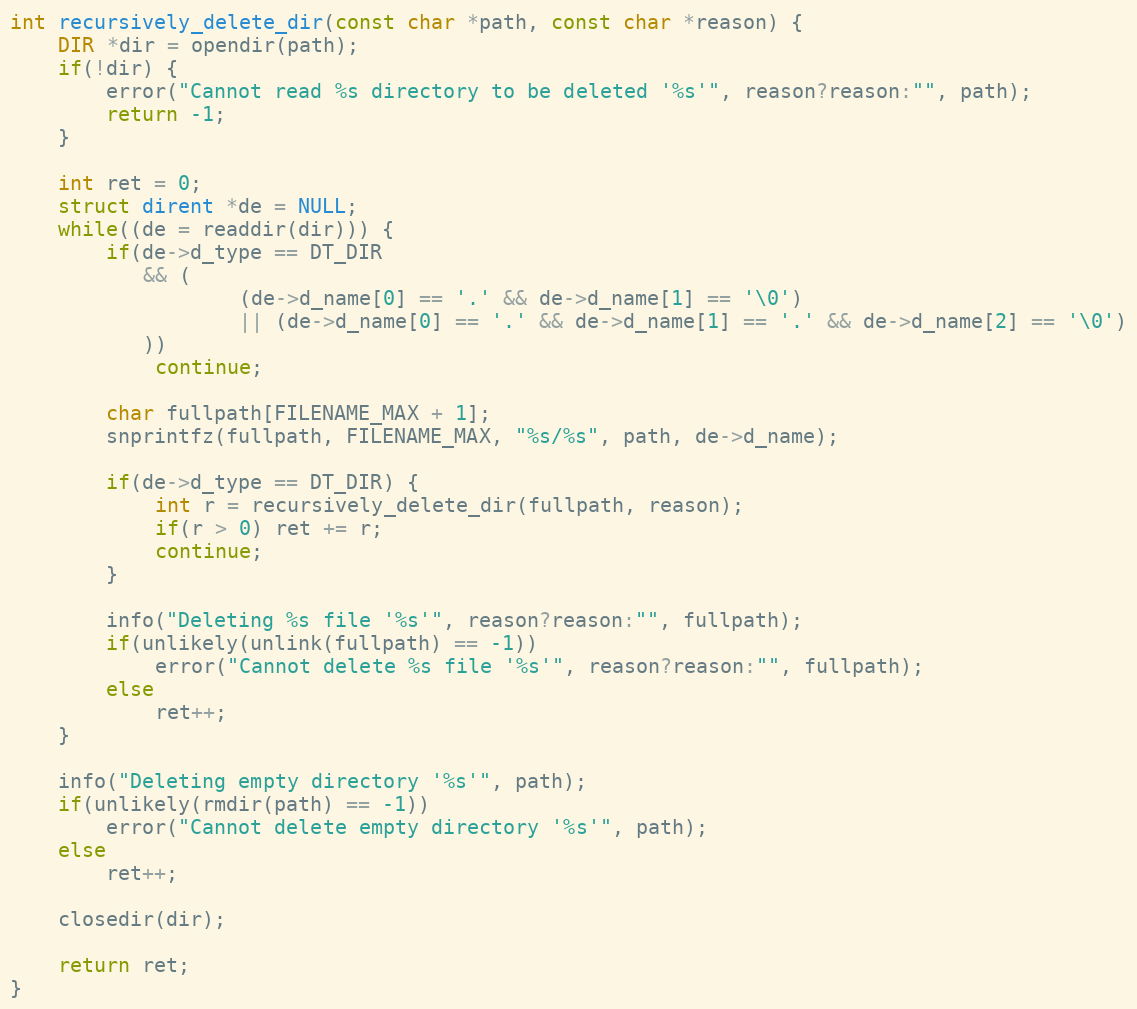
Language: C
int recursively_delete_dir(const char *path, const char *reason) {
    DIR *dir = opendir(path);
    if(!dir) {
        error("Cannot read %s directory to be deleted '%s'", reason?reason:"", path);
        return -1;
    }

    int ret = 0;
    struct dirent *de = NULL;
    while((de = readdir(dir))) {
        if(de->d_type == DT_DIR
           && (
                   (de->d_name[0] == '.' && de->d_name[1] == '\0')
                   || (de->d_name[0] == '.' && de->d_name[1] == '.' && de->d_name[2] == '\0')
           ))
            continue;

        char fullpath[FILENAME_MAX + 1];
        snprintfz(fullpath, FILENAME_MAX, "%s/%s", path, de->d_name);

        if(de->d_type == DT_DIR) {
            int r = recursively_delete_dir(fullpath, reason);
            if(r > 0) ret += r;
            continue;
        }

        info("Deleting %s file '%s'", reason?reason:"", fullpath);
        if(unlikely(unlink(fullpath) == -1))
            error("Cannot delete %s file '%s'", reason?reason:"", fullpath);
        else
            ret++;
    }

    info("Deleting empty directory '%s'", path);
    if(unlikely(rmdir(path) == -1))
        error("Cannot delete empty directory '%s'", path);
    else
        ret++;

    closedir(dir);

    return ret;
}